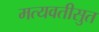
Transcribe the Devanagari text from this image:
मत्यवतीसुत